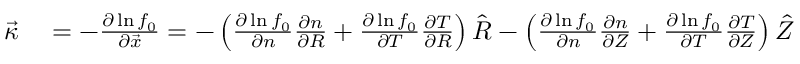
\begin{array} { r l } { \Vec { \kappa } } & { { } = - \frac { \partial \ln f _ { 0 } } { \partial \Vec { x } } = - \left( \frac { \partial \ln f _ { 0 } } { \partial n } \frac { \partial n } { \partial R } + \frac { \partial \ln f _ { 0 } } { \partial T } \frac { \partial T } { \partial R } \right) \hat { R } - \left( \frac { \partial \ln f _ { 0 } } { \partial n } \frac { \partial n } { \partial Z } + \frac { \partial \ln f _ { 0 } } { \partial T } \frac { \partial T } { \partial Z } \right) \hat { Z } } \end{array}